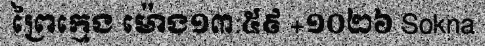
ព្រៃក្មេង ម៉ោង១៣:៥៩ +១០២៦ Sokna